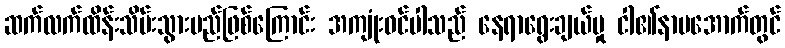
ဆက်လက်ထိန်းသိမ်းသွားမည်ဖြစ်ကြောင်း အကျုံးဝင်ပါသည် နေရာရွေးချယ်မှု ငါ၏နာမအောက်တွင်